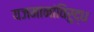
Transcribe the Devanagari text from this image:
यजमानांविरुद्ध